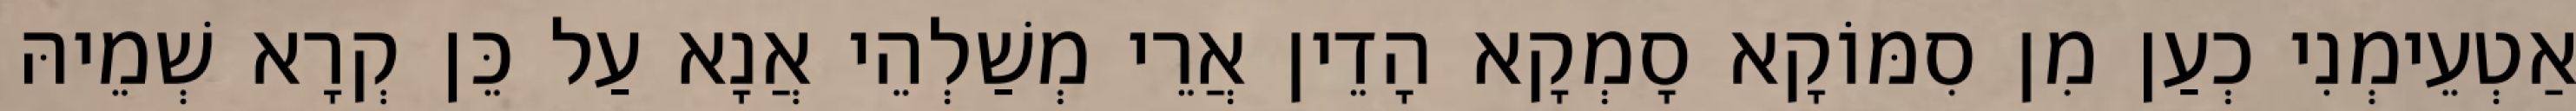
אַטְעֵימְנִי כְעַן מִן סִמּוֹקָא סָמְקָא הָדֵין אֲרֵי מְשַׁלְהֵי אֲנָא עַל כֵּן קְרָא שְׁמֵיהּ